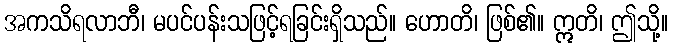
အကသိရလာဘီ၊ မပင်ပန်းသဖြင့်ရခြင်းရှိသည်။ ဟောတိ၊ ဖြစ်၏။ ဣတိ၊ ဤသို့။